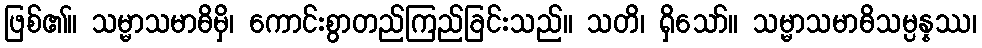
ဖြစ်၏။ သမ္မာသမာဓိမှိ၊ ကောင်းစွာတည်ကြည်ခြင်းသည်။ သတိ၊ ရှိသော်။ သမ္မာသမာဓိသမ္ပန္နဿ၊